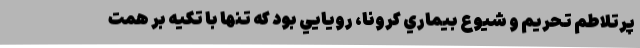
پرتلاطم تحريم و شيوع بيماري كرونا، رويايي بود كه تنها با تكيه بر همت